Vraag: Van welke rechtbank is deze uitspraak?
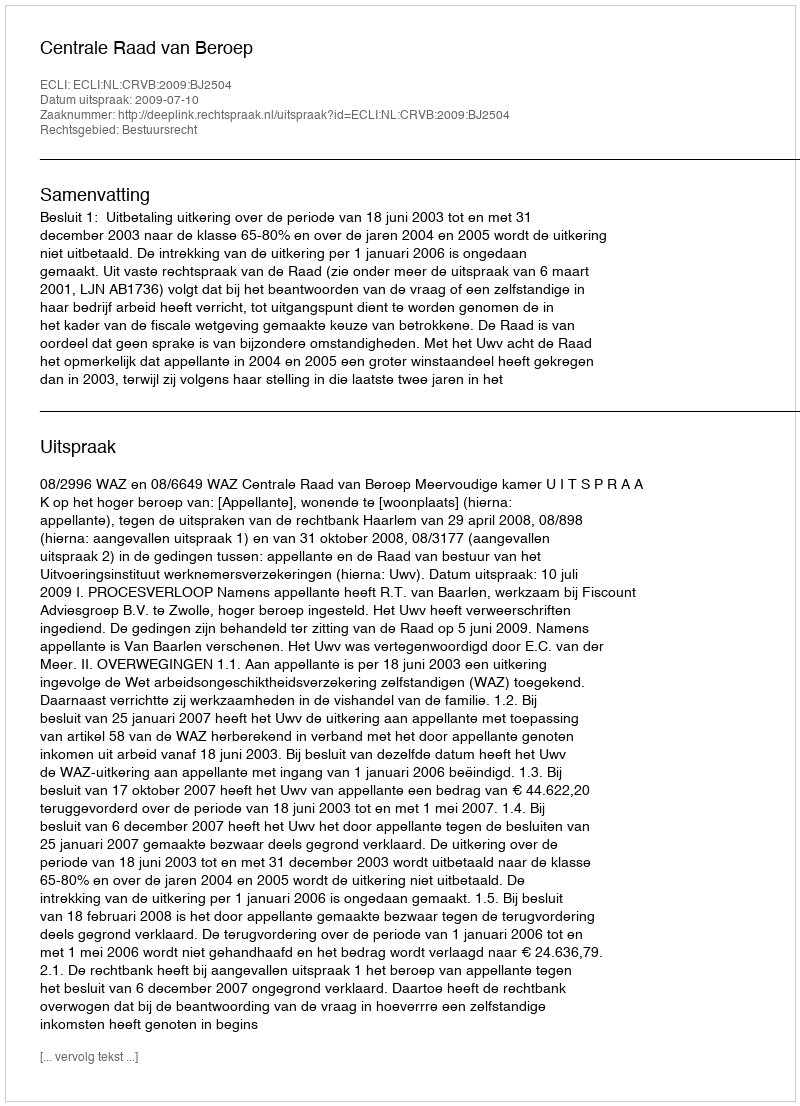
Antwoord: Centrale Raad van Beroep